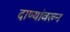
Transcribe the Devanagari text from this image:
दाण्यांवरून